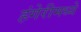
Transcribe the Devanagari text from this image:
हंगेरीमध्ये